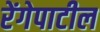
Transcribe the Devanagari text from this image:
रेंगेपाटील